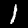
Label: 1